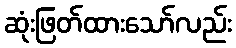
ဆုံးဖြတ်ထားသော်လည်း